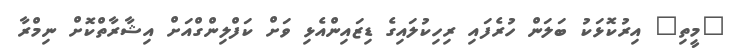
"މީތި" އިރުކޮޅަކު ބަލަން ހުރެފައި ރިހިކުލައިގެ ޑިޒައިންއެޅި ވަށް ކަފްލިންގްއަށް އިޝާރާތްކޮށް ނިމްރާ